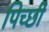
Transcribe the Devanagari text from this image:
पिच्छी